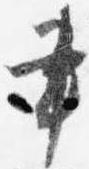
書